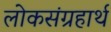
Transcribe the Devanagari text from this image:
लोकसंग्रहार्थ